Civil Veterinary Department Bengal reports 1923-33 - 1923-1933
Year: 1923
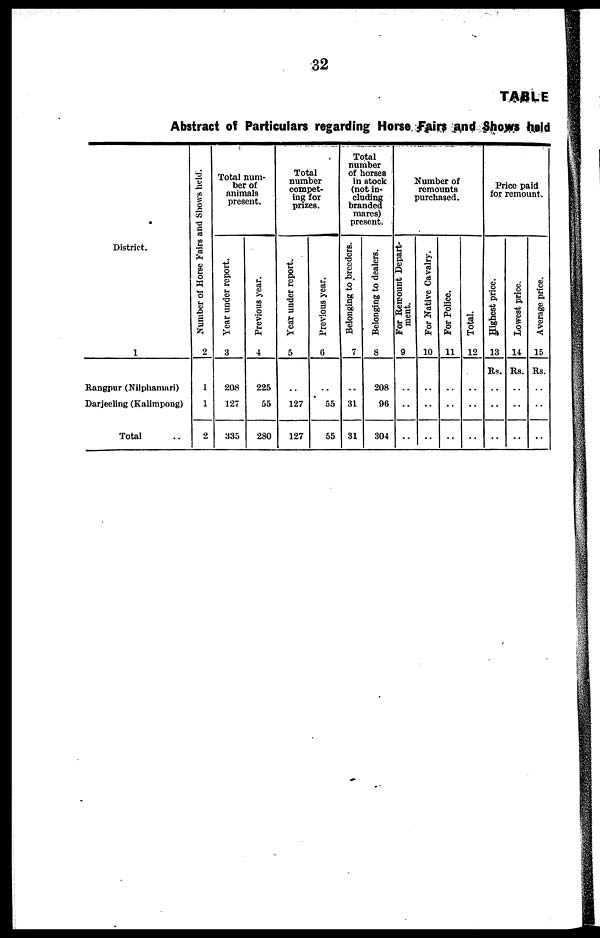
32
TABLE
Abstract of Particulars regarding Horse Fairs and Shows held
District.
1
Rangpur (Nilphamari)
Darjeeling (Kalimpong)
Total ..
Number of Horse Fairs and Shows held.
2
1
1
2
Total num-
ber of
animals
present.
Year under report.
3
208
127
335
Previous year.
4
225
55
280
Total
number
compet-
ing for
prizes.
Year under report.
5
..
127
127
Previous year.
6
..
55
55
Total
number
of horses
in stock
(not in-
cluding
branded
mares)
present.
Belonging to breeders.
7
..
31
31
Belonging to dealers.
8
208
96
304
Number of
remounts
purchased.
For Remount Depart-
ment.
9
..
..
..
For Native Cavalry.
10
..
..
..
For Police.
11
..
..
..
Total.
12
..
..
..
Price paid
for remount.
Highest price.
13
Rs.
..
..
..
Lowest price.
14
Rs.
..
..
..
Average price.
15
Rs.
..
..
..